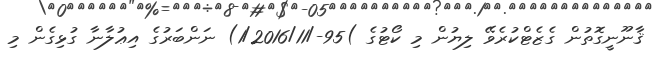
ޤާނޫނީގޮތުން ގެޒެޓްކުރެވޭ ލިޔުން މި ކޯޓުގެ )95-/1/2016/11) ނަންބަރުގެ އިޢުލާނާ ގުޅިގެން މި